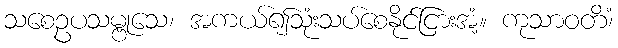
သစေဥပသမ္ဗုသေ၊ အကယ်၍သုံးသပ်စေနိုင်ငြားအံ့။ ကုသာဝတိံ၊